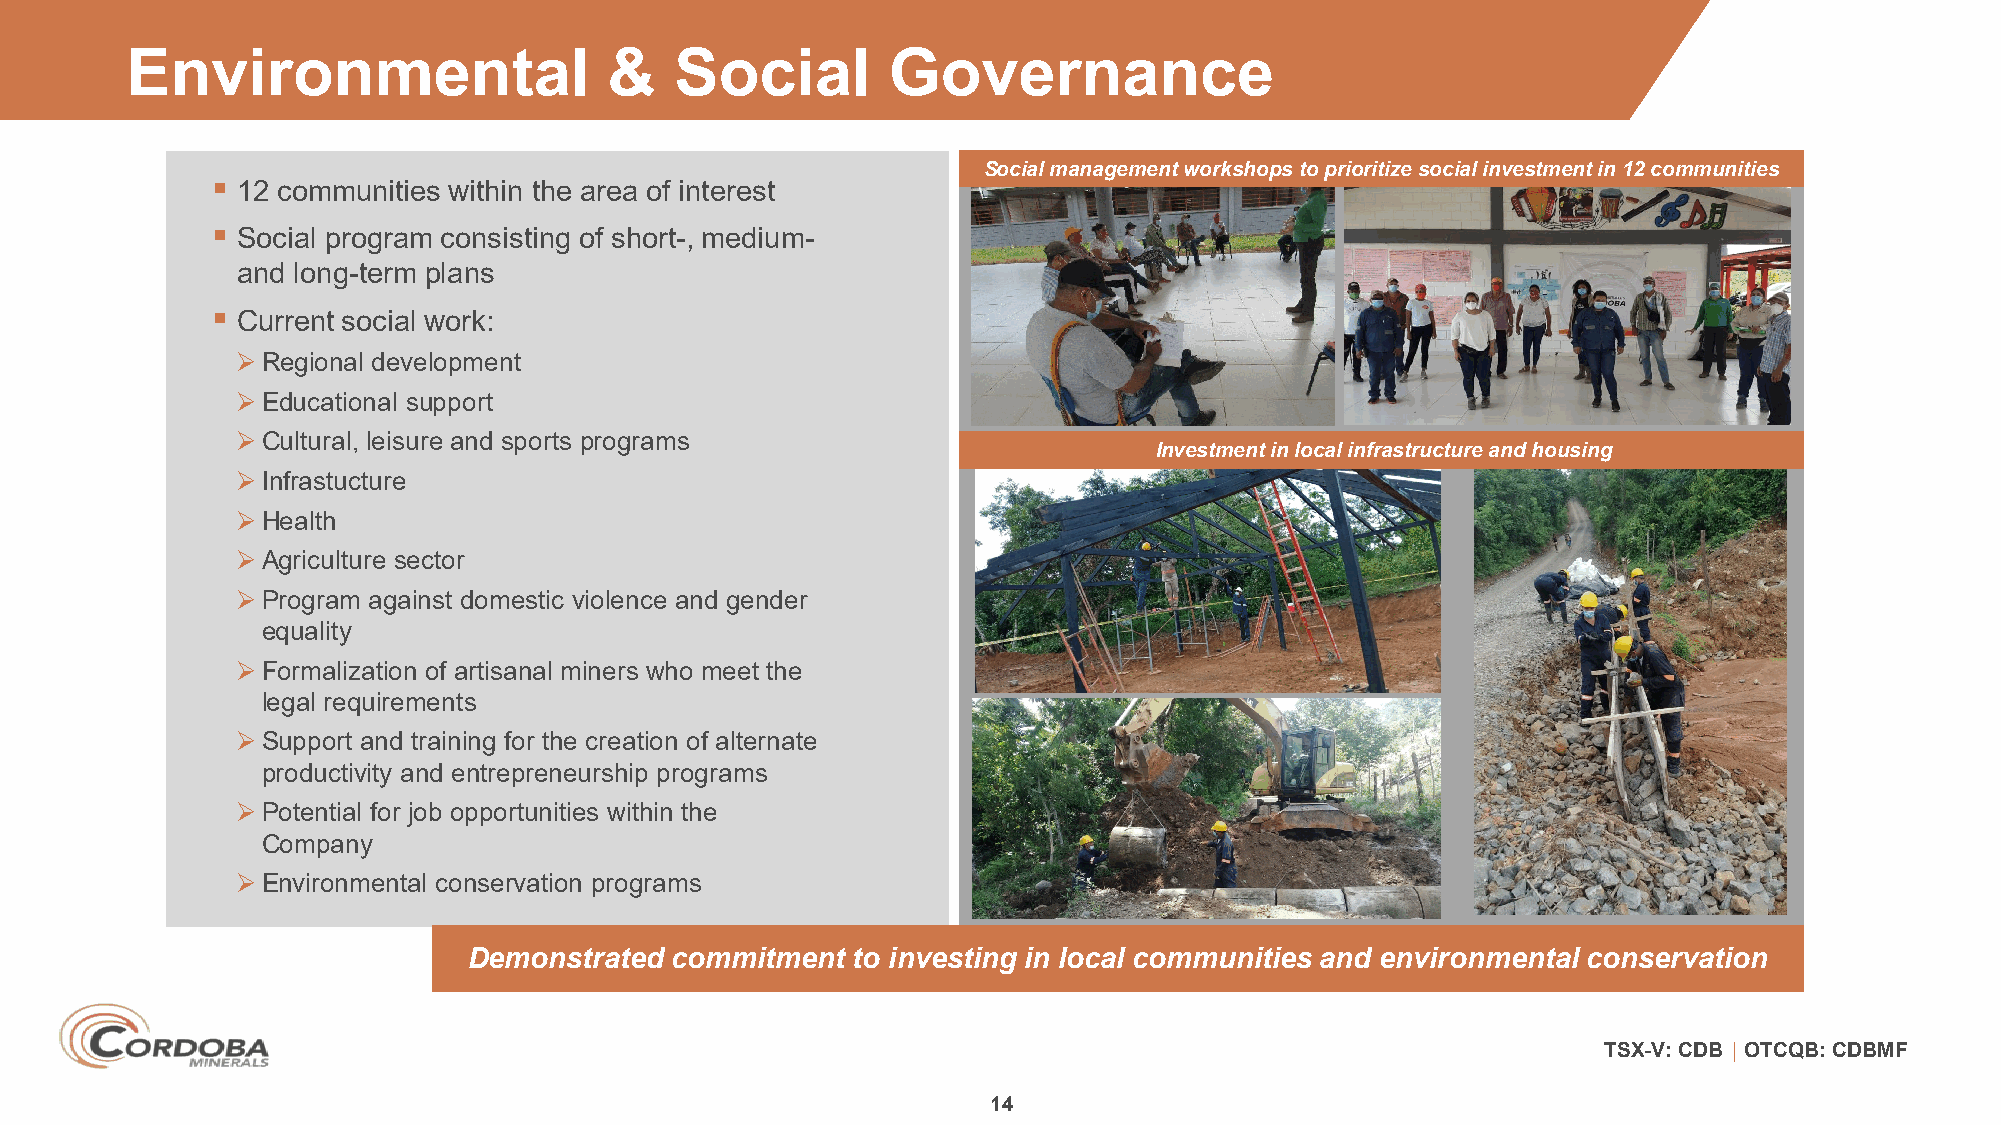
Environmental                   &    Social        Governance
 Social management workshops to prioritize social investment in 12 communities
 
 12 communities within the area of interest
 
 Social program consisting of short-, medium-
 and long-term plans
 
 Current social work:
 Regional development
 Educational support
 Cultural, leisure and sports programs
 Investment in local infrastructure and housing
 Infrastucture
 Health
 Agriculture sector
 Program against domestic violence and gender
 equality
 Formalization of artisanal miners who meet the
 legal requirements
 Support and training for the creation of alternate
 productivity and entrepreneurship programs
 Potential for job opportunities within the
 Company
 Environmental conservation programs
 Demonstrated commitment  to investing in local communities and environmental conservation
 TSX-V: CDB │ OTCQB: CDBMF
 14